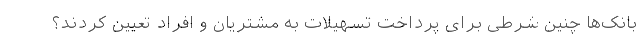
بانک‌ها چنین شرطی برای پرداخت تسهیلات به مشتریان و افراد تعیین کردند؟